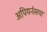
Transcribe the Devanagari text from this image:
अपियर्नसचा